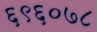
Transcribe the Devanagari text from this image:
६९६०७८